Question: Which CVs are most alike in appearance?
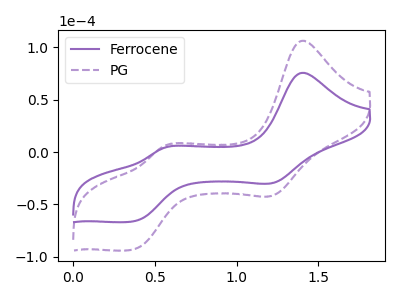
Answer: <think>The purple curve "Ferrocene" has anodic peaks at (1.40V, 75.65uA) (0.55V, 4.10uA) and cathodic peaks at (1.20V, -29.40uA) (0.35V, -66.20uA). The purple dashed curve "PG" has anodic peaks at (1.40V, 106.35uA) (0.55V, 5.80uA) and cathodic peaks at (1.20V, -41.30uA) (0.35V, -93.00uA).
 All the peaks in "Ferrocene" have a peak in "PG" at the same potential. Every peak in "Ferrocene" is lower than every peak in "PG".</think>
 <answer>"Ferrocene" and "PG" have the same shape and are likely CV's of the same chemical.</answer>
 <eval>"Ferrocene" "PG"</eval>